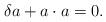
LaTeX: \begin{align*}\delta a+ a\cdot a=0.\end{align*}